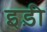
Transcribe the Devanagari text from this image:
इड़ी